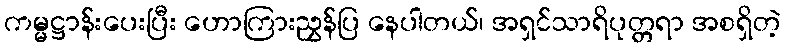
ကမ္မဋ္ဌာန်းပေးပြီး ဟောကြားညွှန်ပြ နေပါတယ်၊ အရှင်သာရိပုတ္တရာ အစရှိတဲ့